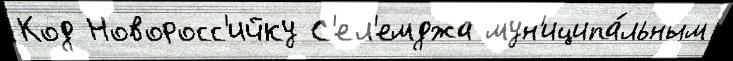
Код Новоросс'ийку С'ел'емджа мун'иципа́льным